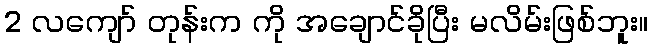
2 လကျော် တုန်းက ကို အချောင်ခိုပြီး မလိမ်းဖြစ်ဘူး။